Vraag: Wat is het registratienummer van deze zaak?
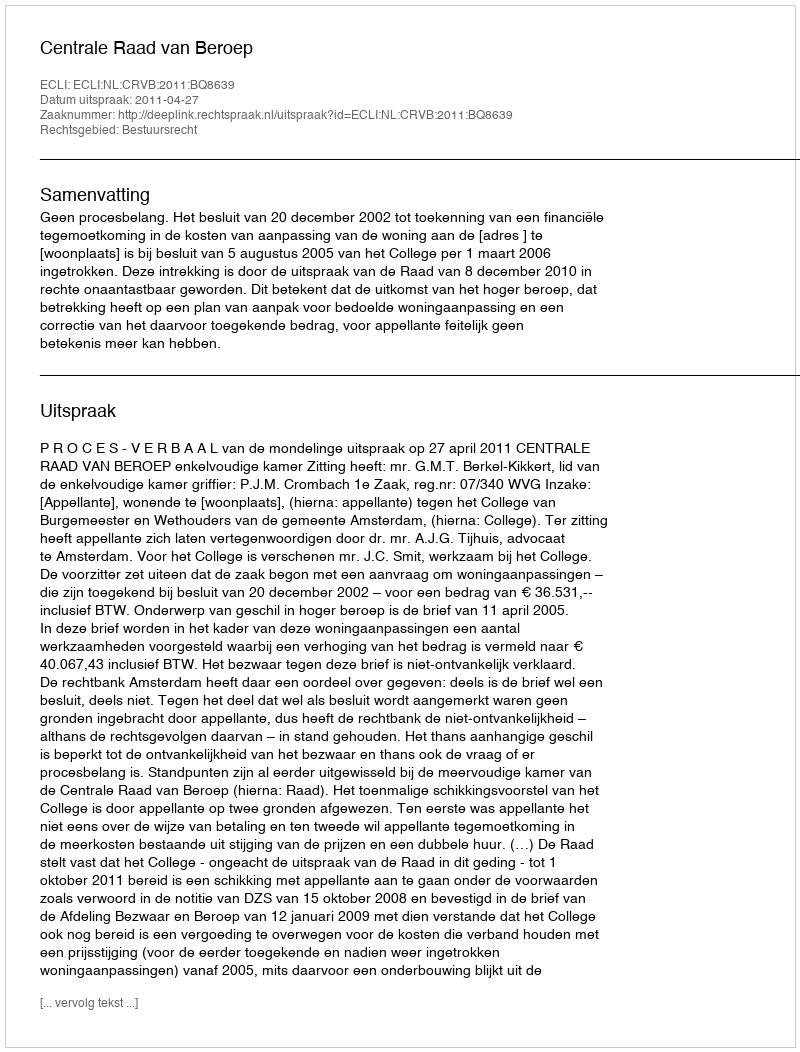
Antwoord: http://deeplink.rechtspraak.nl/uitspraak?id=ECLI:NL:CRVB:2011:BQ8639